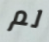
لم